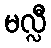
မလ္လီ